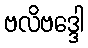
ဗလိဗဒ္ဒေါ